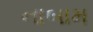
નાબામ